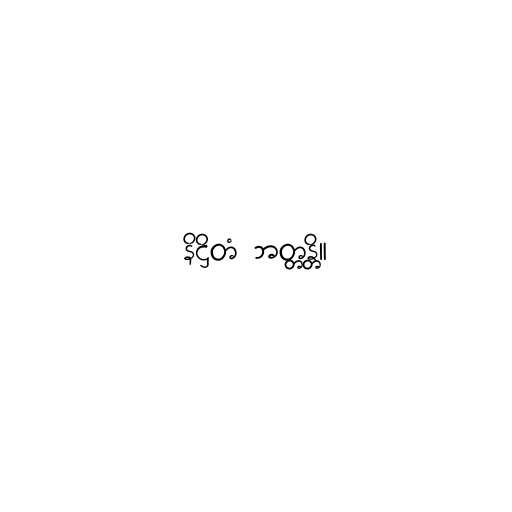
နိဋ္ဌိတံ ဘတ္တန္တိ။